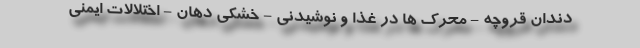
دندان قروچه - محرک ها در غذا و نوشیدنی - خشکی دهان - اختلالات ایمنی